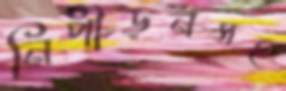
নিপীড়নসহ